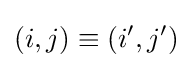
(i,j)\equiv (i',j')